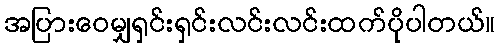
အပြားဝေမျှရှင်းရှင်းလင်းလင်းထက်ပိုပါတယ်။